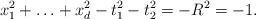
LaTeX: \begin{align*}x_1^2 + \ldots + x_d^2 - t_1^2 - t_2^2 = - R^2 = - 1.\end{align*}